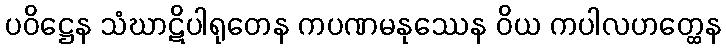
ပဝိဋ္ဌေန သံဃာဋိပါရုတေန ကပဏမနုဿေန ဝိယ ကပါလဟတ္ထေန